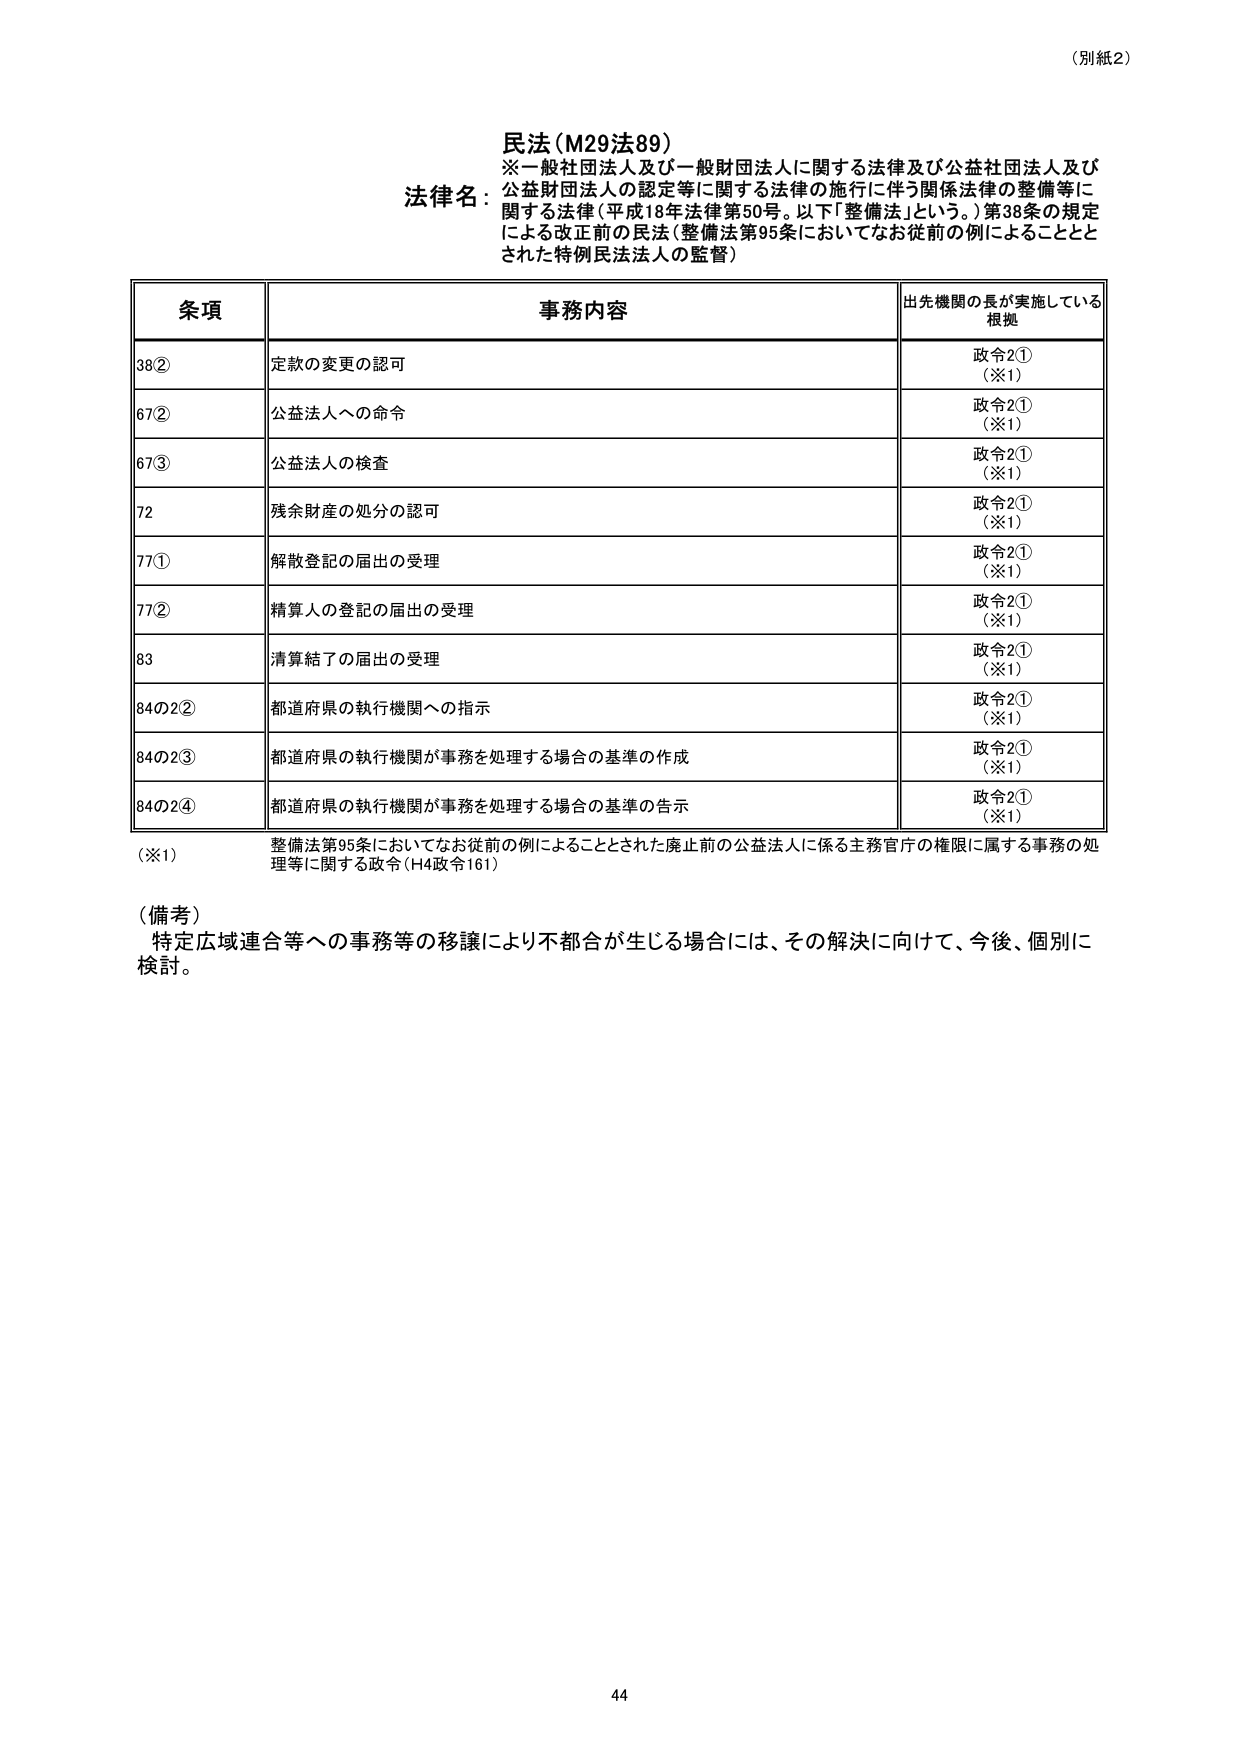
（別紙2）

民法（M29法89）
※一般社団法人及び一般財団法人に関する法律及び公益社団法人及び
公益財団法人の認定等に関する法律の施行に伴う関係法律の整備等に
関する法律（平成18年法律第50号。以下「整備法」という。）第38条の規定
による改正前の民法（整備法第95条においてなお従前の例によることと
された特例民法人の監督）

条項 事務内容 出先機関の長が実施している
根拠

38② 定款の変更の認可 政令2①
（※1）

67② 公益法人への命令 政令2①
（※1）

67③ 公益法人の検査 政令2①
（※1）

72 残余財産の処分の認可 政令2①
（※1）

77① 解散登記の届出の受理 政令2①
（※1）

77② 精算人の登記の届出の受理 政令2①
（※1）

83 清算結了の届出の受理 政令2①
（※1）

84の2② 都道府県の執行機関への指示 政令2①
（※1）

84の2③ 都道府県の執行機関が事務を処理する場合の基準の作成 政令2①
（※1）

84の2④ 都道府県の執行機関が事務を処理する場合の基準の告示 政令2①
（※1）

（※1） 整備法第95条においてなお従前の例によることとされた廃止前の公益法人に係る主管官庁の権限に属する事務の処
理等に関する政令（H4政令161）

（備考）
特定広域連合等への事務等の移譲により不都合が生じる場合には、その解決に向けて、今後、個別に
検討。

44